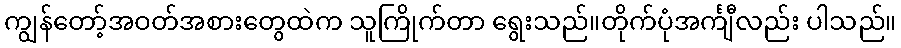
ကျွန်တော့်အဝတ်အစားတွေထဲက သူကြိုက်တာ ရွေးသည်။တိုက်ပုံအင်္ကျီလည်း ပါသည်။